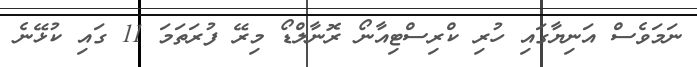
ނަމަވެސް އަނިޔާގައި ހުރި ކްރިސްޓިއާނޯ ރޮނާލްޑޯ މިރޭ ފުރަތަމަ 11 ގައި ކުޅޭނެ